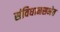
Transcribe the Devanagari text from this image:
संविधानसभेत